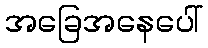
အခြေအနေပေါ်